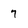
Character: 7